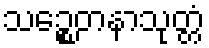
သဉ္စေတနာသုတ္တံ